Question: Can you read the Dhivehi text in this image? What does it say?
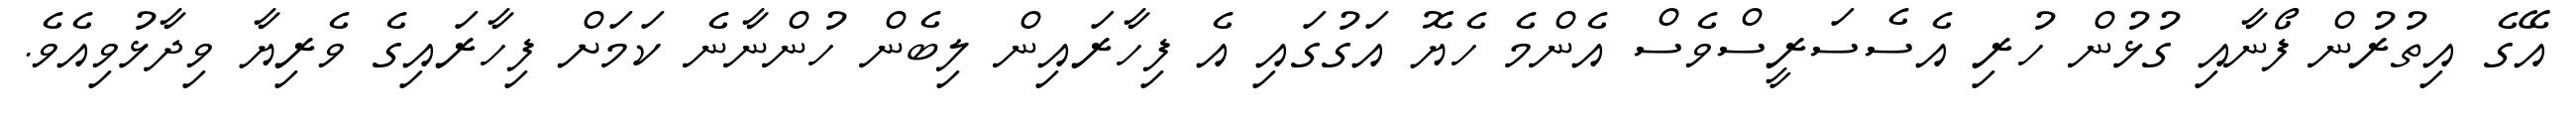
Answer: އޭގެ އިތުރުން ފޯނާއި ގުޅުން ހުރި އެސެސަރީސްވެސް އެންމެ ހެޔޮ އަގުގައި އެ ފިހާރައިން ލިބެން ހުންނާނެ ކަމަށް ފިހާރައިގެ ވެރިޔާ ވިދާޅުވިއެވެ.